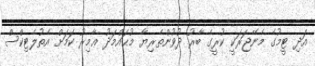
އަދި ޓީމުގެ މެނޭޖަރަކީ ކުރީގެ ބާރު ދުވުންތެރިޔާ މުޙައްމަދު ޢާމިރު ކަމަށް އެތުލެޓިކްސް